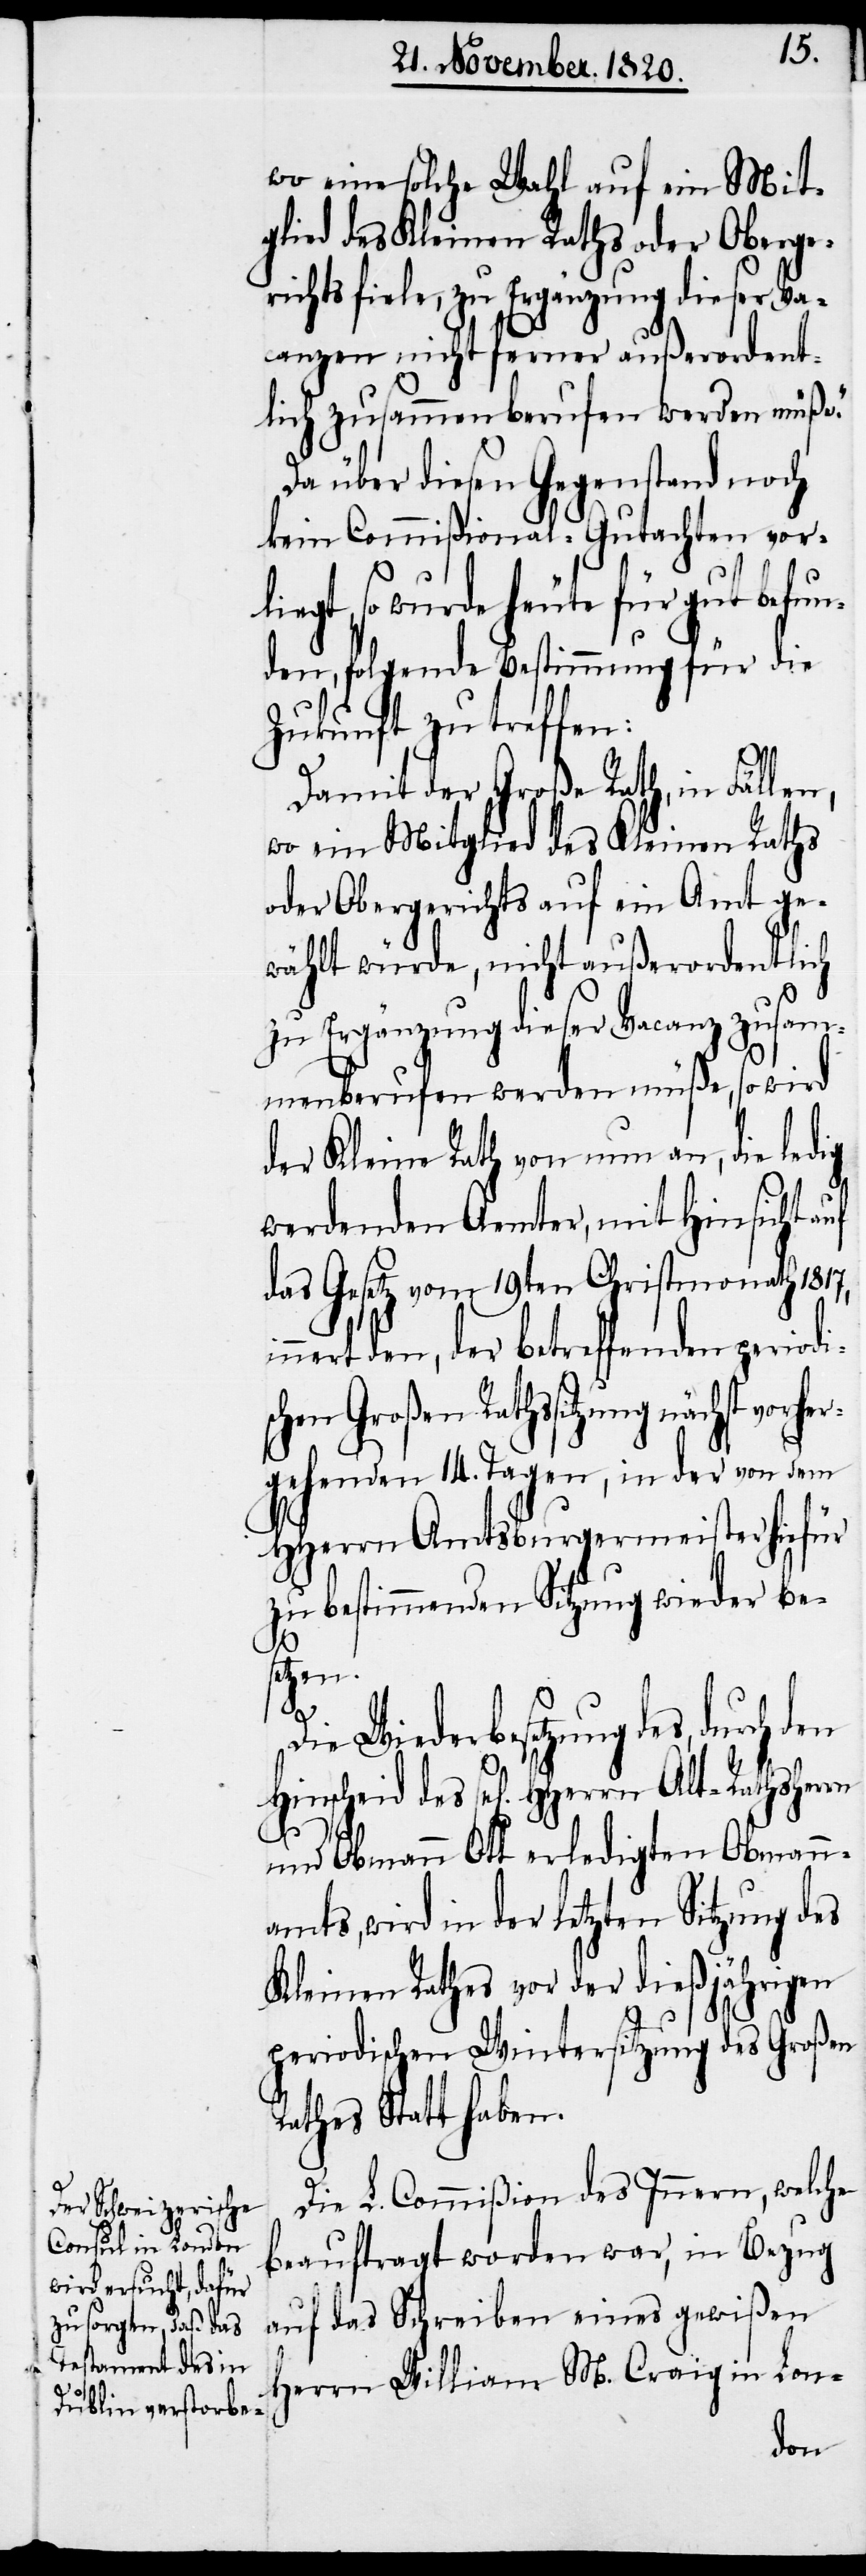
wo eine solche Wahl auf ein Mit¬
glied des Kleinen Raths oder Oberge¬
richts fiele, zu Ergänzung dieser Va¬
canzen nicht ferner außerordent¬
lich zusammen berufen werden müße.“
Da über diesen Gegenstand noch
kein Commißional-Gutachten vor¬
liegt, so wurde heute für gut befun¬
den, folgende Bestimmung für die
Zukunft zu treffen:
rch
Damit der Große Rath, in Fällen,
wo ein Mitglied des Kleinen Raths
oder Obergerichts auf ein Amt ge¬
wählt würde, nicht ausserordentlich
zu Ergänzung dieser Vacanz zusam¬
menberufen werden müße, so wird
der Kleine Rath von nun an, die ledig
werdenden Aemter, mit Hinsicht auf
das Gesetz vom 19ten Christmonath 1817,
nert den, der betreffenden period¬
hen Großen Rathssitzung näch¬
ergehenden 14. Tagen, in der von dem
HHerrn Amtsburgermeister hiefür
zu bestimmenden Sitzung wieder be¬
setzen.
Die Wiederbesetzung des, du¬
Hinscheid des sel[igen] HHerrn
und Obmann Ott erledigten Obmann¬
amts, wird in der letzten Sitzung des
Kleinen Rathes vor der dießjährigen
periodischen Wintersitzung des Großen
Rathes Statt haben.
Die L. Commißion des Innern, welche
beauftragt worden war, in Bezug
auf das Schreiben eines gewißen
Herrn William M. Craig in Lon-
den